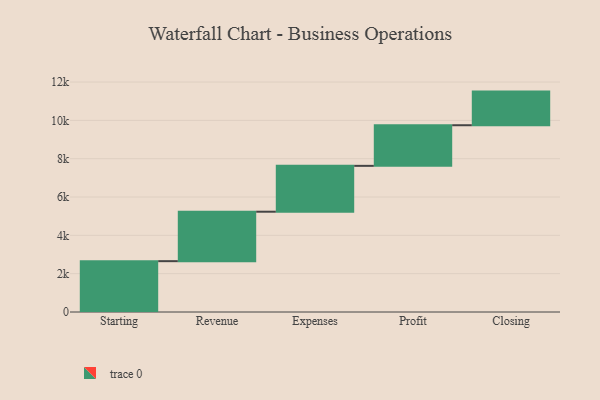
{"axis": {"x": "Step", "y": "Value"}, "legend": [""], "data": [{"x": "Starting", "y": 2653.0, "type": ""}, {"x": "Revenue", "y": 2581.0, "type": ""}, {"x": "Expenses", "y": 2393.0, "type": ""}, {"x": "Profit", "y": 2120.0, "type": ""}, {"x": "Closing", "y": 1755.0, "type": ""}]}